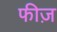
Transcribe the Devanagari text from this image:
फीज़